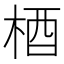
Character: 梄